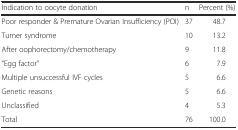
<table><thead><tr><td><b>Indication to oocyte donation</b></td><td><b>n</b></td><td><b>Percent (%)</b></td></tr></thead><tbody><tr><td>Poor responder &amp; Premature Ovarian Insufficiency (POI)</td><td>37</td><td>48.7</td></tr><tr><td>Turner syndrome</td><td>10</td><td>13.2</td></tr><tr><td>After oophorectomy/chemotherapy</td><td>9</td><td>11.8</td></tr><tr><td>“Egg factor”</td><td>6</td><td>7.9</td></tr><tr><td>Multiple unsuccessful IVF cycles</td><td>5</td><td>6.6</td></tr><tr><td>Genetic reasons</td><td>5</td><td>6.6</td></tr><tr><td>Unclassified</td><td>4</td><td>5.3</td></tr><tr><td>Total</td><td>76</td><td>100.0</td></tr></tbody></table>